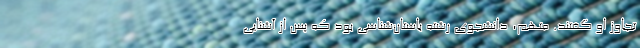
تجاوز او گفتند. متهم، دانشجوی رشته باستان‌شناسی بود که پس از آشنایی